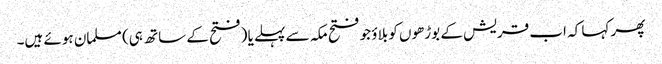
پھر کہا کہ اب قریش کے بوڑھوں کو بلاؤ جو فتح مکہ سے پہلے یا (فتح کے ساتھ ہی) مسلمان ہوئے ہیں۔